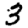
Digit: 3